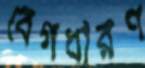
বেগধারণ